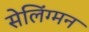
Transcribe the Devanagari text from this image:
सेलिंग्मन